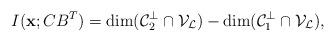
LaTeX: \begin{align*}I(\mathbf{x}; CB^T) = \dim(\mathcal{C}_2^\perp \cap \mathcal{V}_\mathcal{L}) - \dim(\mathcal{C}_1^\perp \cap \mathcal{V}_\mathcal{L}),\end{align*}